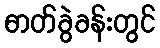
ဓာတ်ခွဲခန်းတွင်